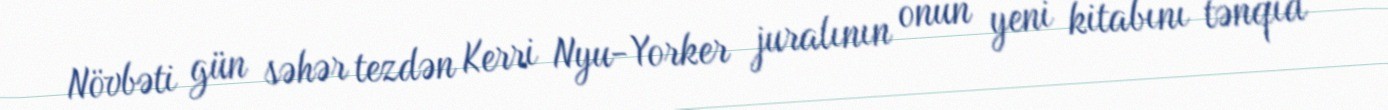
Növbəti gün səhər tezdən Kerri Nyu-Yorker juralının onun yeni kitabını tənqid